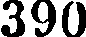
390